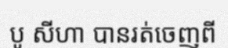
បូ សីហា បានរត់ចេញពី